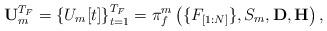
LaTeX: \begin{align*}\mathbf{U}_m^{T_F} = \left\{U_m[t]\right\}_{t=1}^{T_F} = \pi_f^m\left(\{F_{[1:N]}\},S_m,\mathbf{D},\mathbf{H}\right),\end{align*}